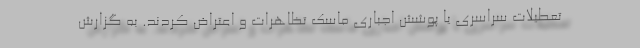
تعطیلات سراسری یا پوشش اجباری ماسک تظاهرات و اعتراض کردند. به گزارش